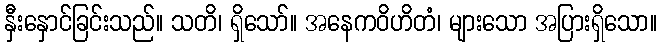
နှီးနှောင်ခြင်းသည်။ သတိ၊ ရှိသော်။ အနေကဝိဟိတံ၊ များသော အပြားရှိသော။